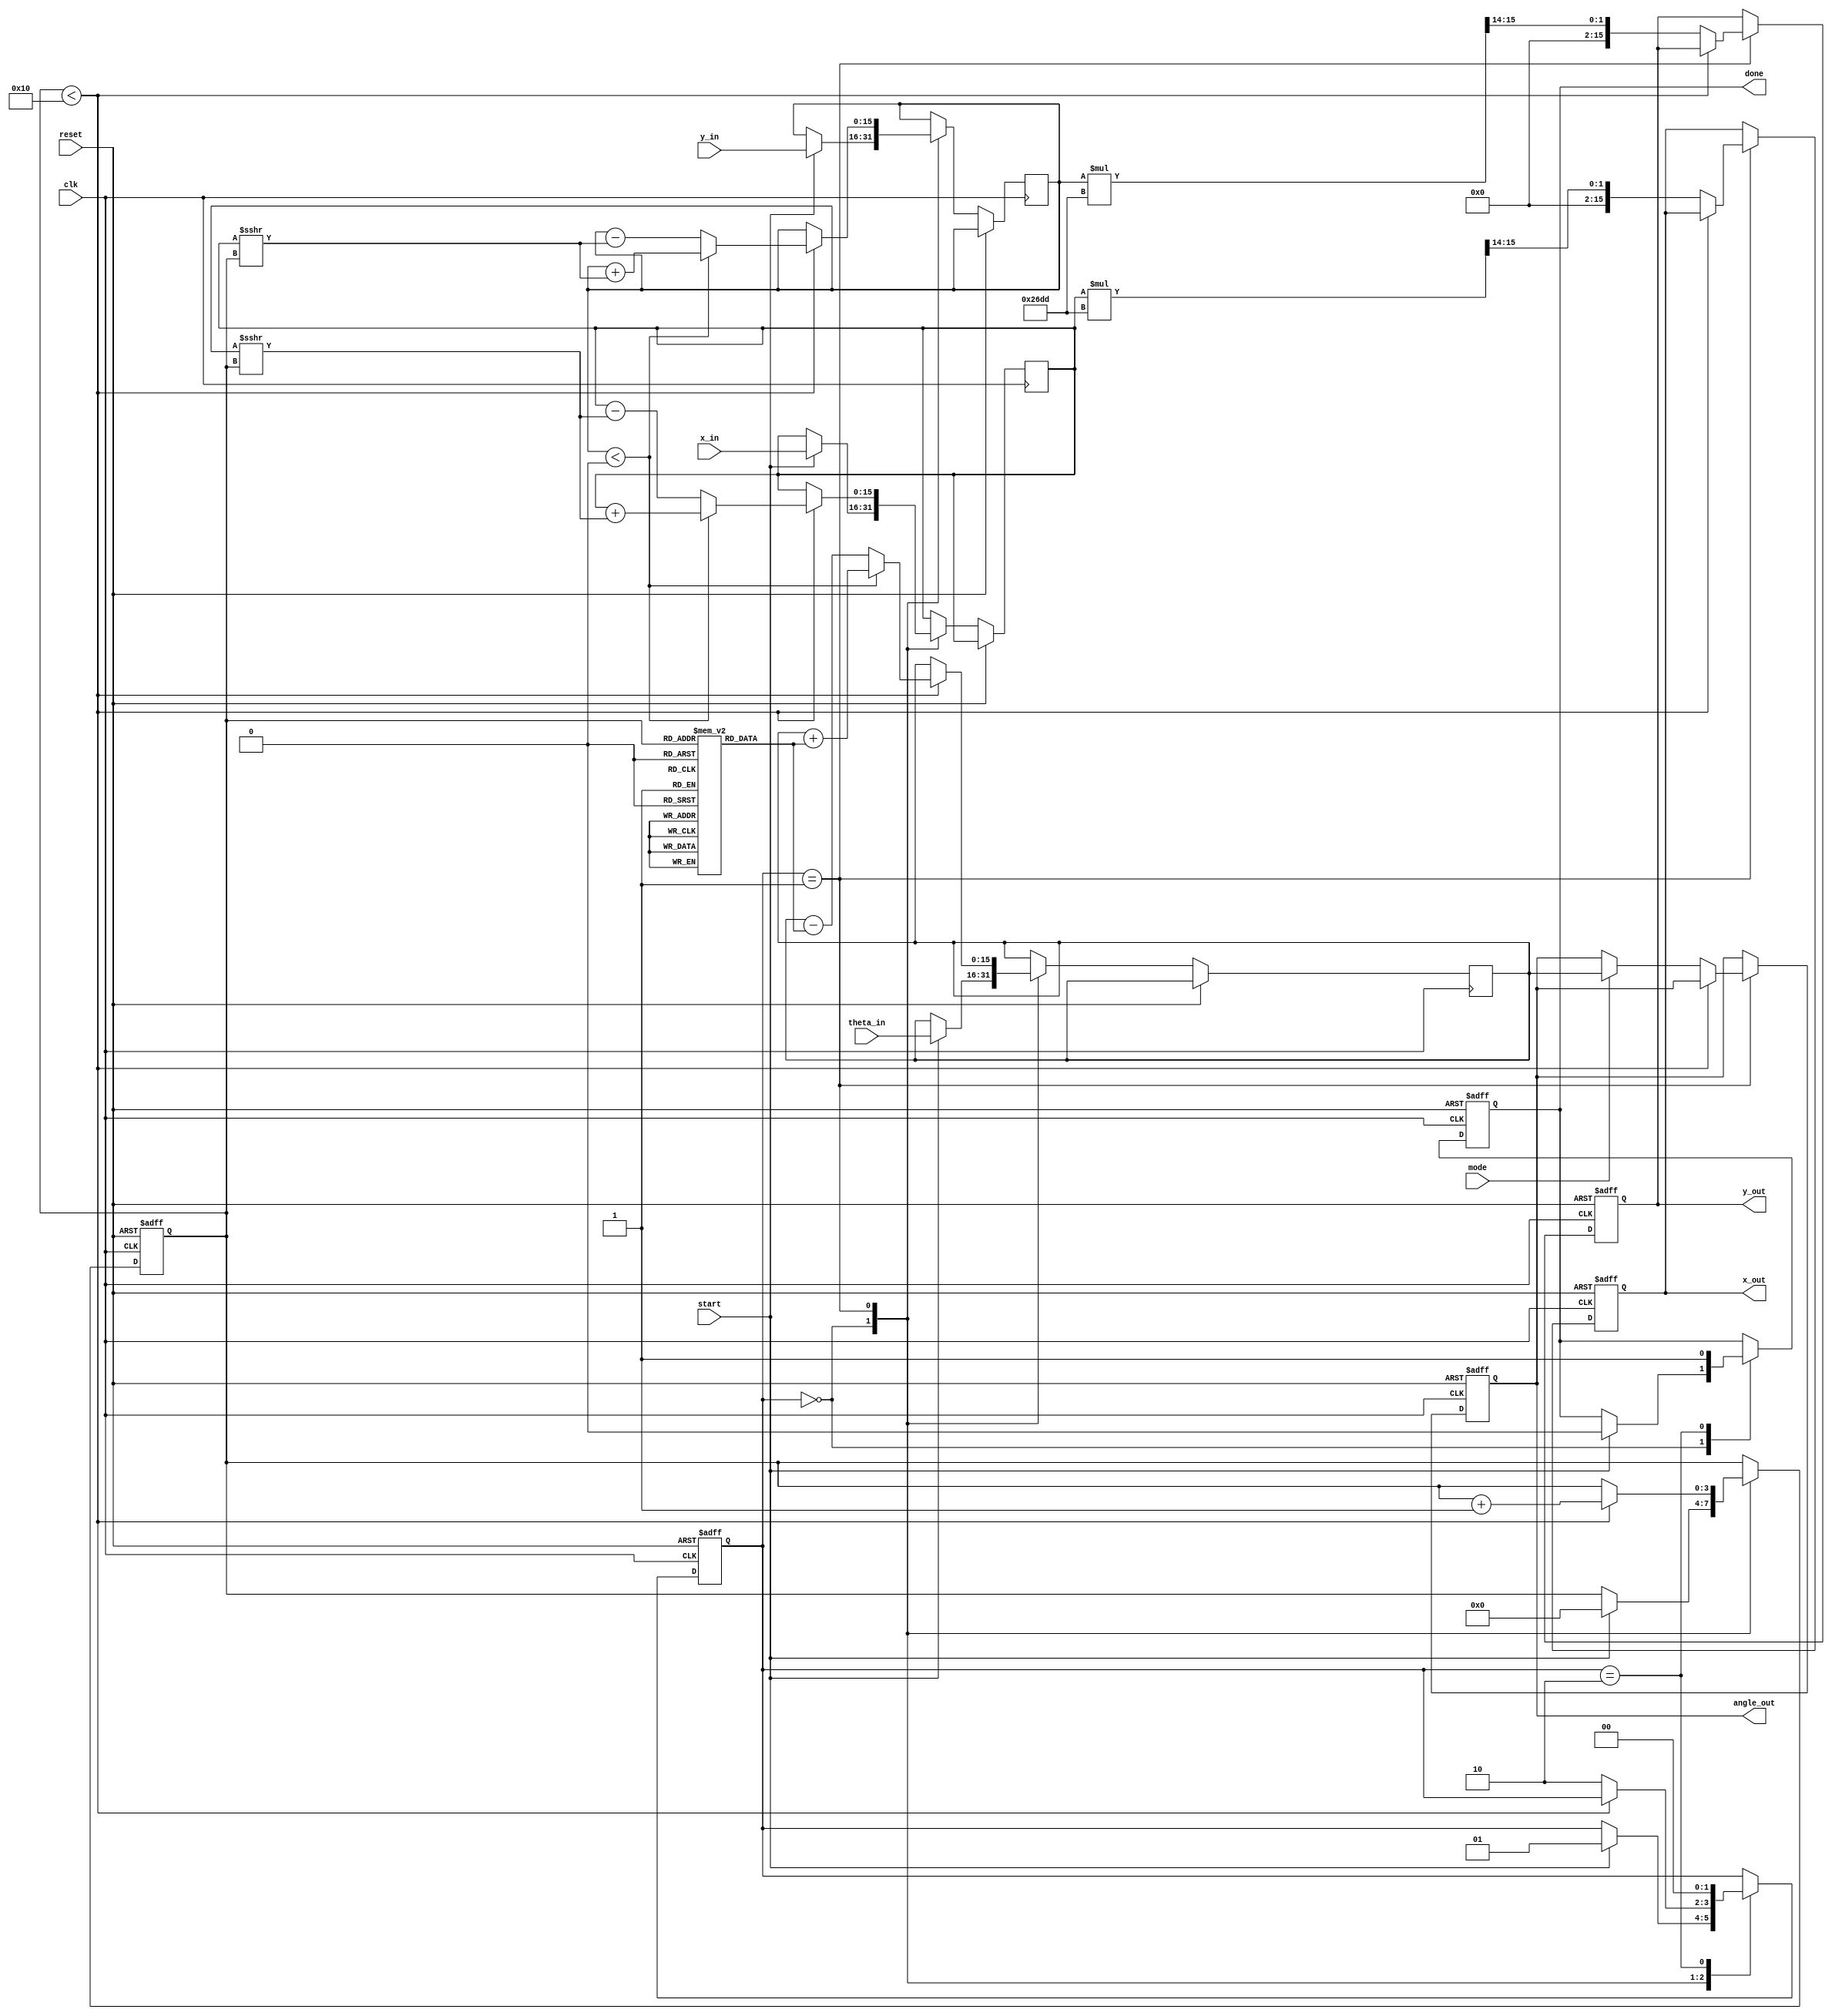
module cordic_2d (
    input wire clk,
    input wire reset,
    input wire start,
    input wire [15:0] x_in,      // Input X vector (fixed point)
    input wire [15:0] y_in,      // Input Y vector (fixed point)
    input wire [15:0] theta_in,  // Input angle (fixed point)
    input wire mode,             // 0 = Rotation Mode, 1 = Vector Mode
    output reg [15:0] x_out,     // Output X coordinate
    output reg [15:0] y_out,     // Output Y coordinate
    output reg [15:0] angle_out,  // Output angle (only in Vector Mode)
    output reg done              // Done signal
);

    // CORDIC parameters
    parameter NUM_ITERATIONS = 16; // Number of iterations
    parameter K_CONST = 16'h26DD;   // Scaling factor (K = 0.6072... in fixed point)

    // Internal registers
    reg [15:0] x_reg, y_reg;
    reg [15:0] theta_reg;
    reg [NUM_ITERATIONS-1:0] angle_table [0:NUM_ITERATIONS-1]; // Precomputed arctan values
    reg [3:0] iteration;
    reg [1:0] state;

    // State machine states
    localparam IDLE = 2'b00,
               RUN  = 2'b01,
               DONE = 2'b10;

    // Initialize angle table (arctan values)
    initial begin
        angle_table[0] = 16'h0000; // atan(2^0) = 0
        angle_table[1] = 16'h26DB; // atan(2^-1)
        angle_table[2] = 16'h1DAC; // atan(2^-2)
        angle_table[3] = 16'h1A62; // atan(2^-3)
        angle_table[4] = 16'h0F9E; // atan(2^-4)
        angle_table[5] = 16'h0C90; // atan(2^-5)
        angle_table[6] = 16'h0A3D; // atan(2^-6)
        angle_table[7] = 16'h0519; // atan(2^-7)
        angle_table[8] = 16'h028B; // atan(2^-8)
        angle_table[9] = 16'h0142; // atan(2^-9)
        angle_table[10] = 16'h00A1; // atan(2^-10)
        angle_table[11] = 16'h0051; // atan(2^-11)
        angle_table[12] = 16'h0028; // atan(2^-12)
        angle_table[13] = 16'h0014; // atan(2^-13)
        angle_table[14] = 16'h000A; // atan(2^-14)
        angle_table[15] = 16'h0005; // atan(2^-15)
    end

    // State machine and CORDIC iteration logic
    always @(posedge clk or posedge reset) begin
        if (reset) begin
            state <= IDLE;
            done <= 0;
            x_out <= 0;
            y_out <= 0;
            angle_out <= 0;
            iteration <= 0;
        end else begin
            case (state)
                IDLE: begin
                    if (start) begin
                        x_reg <= x_in;
                        y_reg <= y_in;
                        theta_reg <= theta_in;
                        iteration <= 0;
                        state <= RUN;
                        done <= 0;
                    end
                end
                RUN: begin
                    if (iteration < NUM_ITERATIONS) begin
                        if (y_reg < 0) begin
                            // Rotate clockwise
                            x_reg <= x_reg + (y_reg >>> iteration);
                            y_reg <= y_reg + (x_reg >>> iteration);
                            theta_reg <= theta_reg + angle_table[iteration];
                        end else begin
                            // Rotate counter-clockwise
                            x_reg <= x_reg - (y_reg >>> iteration);
                            y_reg <= y_reg - (x_reg >>> iteration);
                            theta_reg <= theta_reg - angle_table[iteration];
                        end
                        iteration <= iteration + 1;
                    end else begin
                        // Apply scaling factor
                        x_out <= x_reg * K_CONST >> 14; // Adjust for scaling
                        y_out <= y_reg * K_CONST >> 14; // Adjust for scaling
                        if (mode) begin
                            angle_out <= theta_reg; // Output angle in vector mode
                        end
                        state <= DONE;
                    end
                end
                DONE: begin
                    done <= 1; // Signal completion
                    state <= IDLE; // Return to idle
                end
            endcase
        end
    end

endmodule